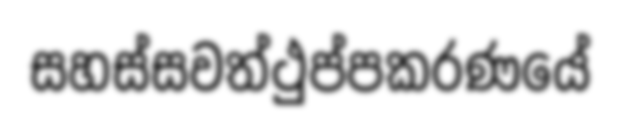
සහස්සවත්ථුප්පකරණයේ